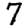
Digit: 7